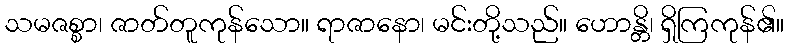
သမဇစ္စာ၊ ဇာတ်တူကုန်သော။ ရာဇာနော၊ မင်းတို့သည်။ ဟောန္တိ၊ ရှိကြကုန်၏။